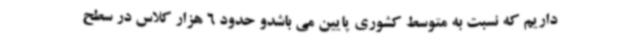
داریم که نسبت به متوسط کشوری پایین می باشدو حدود 6 هزار کلاس در سطح